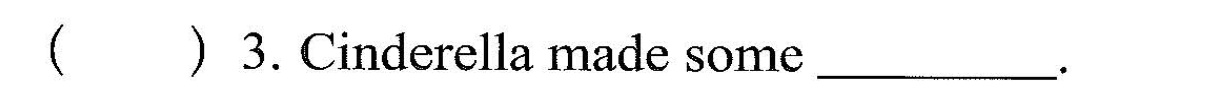
( ) 3.Cindcrella madc some ___